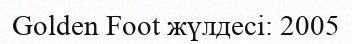
Golden Foot жүлдесі: 2005